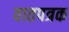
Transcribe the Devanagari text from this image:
वातपत्रक